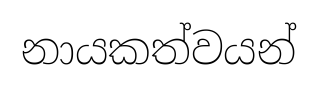
නායකත්වයන්